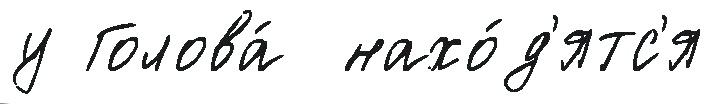
у Голова́  нахо́д'ятс'я